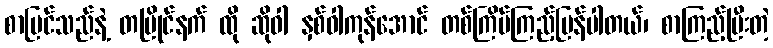
စာမြင်သည်နဲ့ တပြိုင်နက် ထို ဆိုဝါ နှစ်ဝါကုန်အောင် တစ်ကြိမ်ကြည့်ပြန်ပါတယ်၊ စာကြည့်ပြီးတဲ့